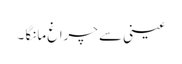
عینی سے چراغ مانگا ۔